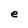
Character: e